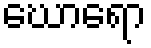
ဃောရော